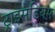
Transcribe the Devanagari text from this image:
ट्राइसेडियम